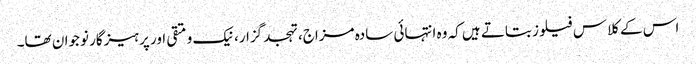
اس کے کلاس فیلوز بتاتے ہیں کہ وہ انتہائی سادہ مزاج، تہجد گزار، نیک و متقی اور پرہیزگار نوجوان تھا۔